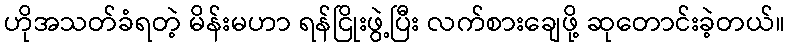
ဟိုအသတ်ခံရတဲ့ မိန်းမဟာ ရန်ငြိုးဖွဲ့ပြီး လက်စားချေဖို့ ဆုတောင်းခဲ့တယ်။